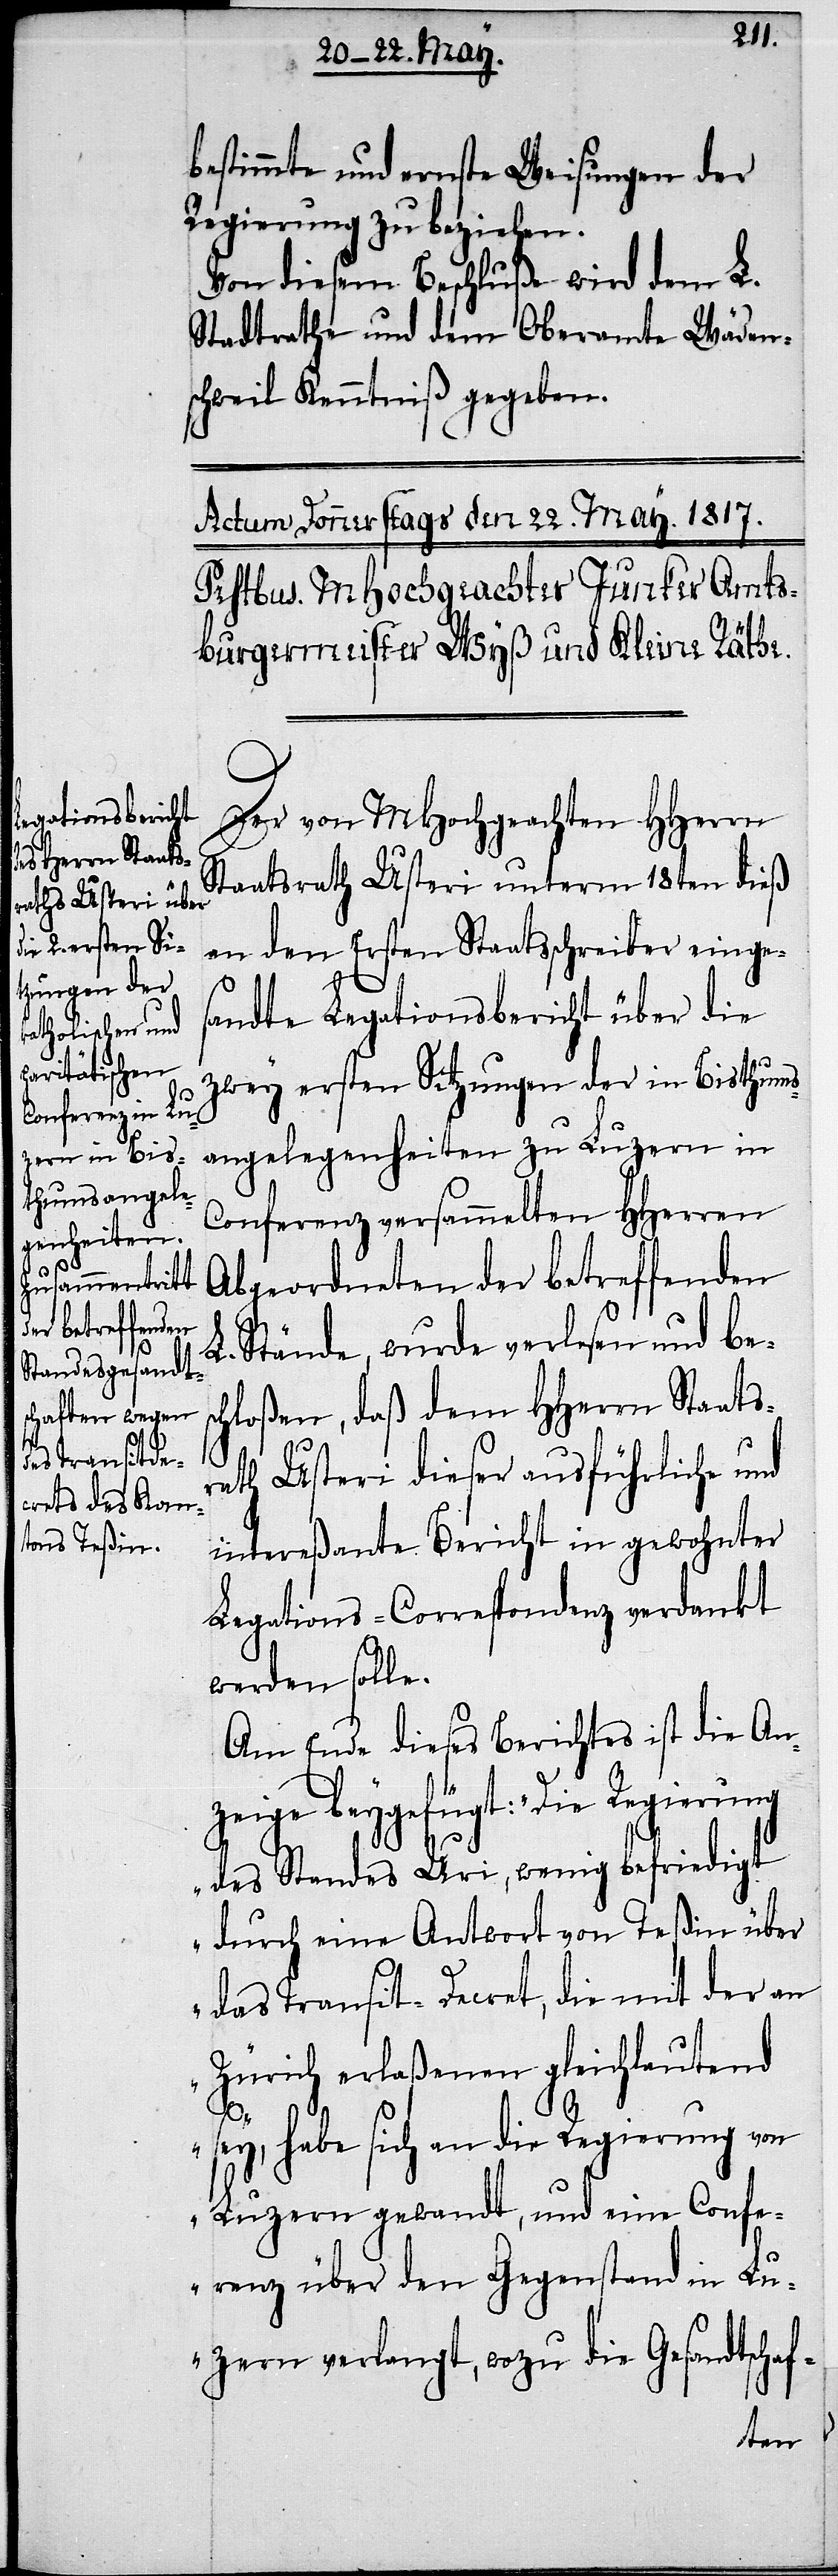
bestimmte und ernste Weisungen der
Regierung zu beziehen.
Von diesem Beschluße wird dem L.
Stadtrathe und dem Oberamte Wäden¬
schweil Kenntniß gegeben.
Der von MHochgeachten HHerrn
Staatsrath Usteri unterm 18ten dieß
an den Ersten Staatsschreiber einges¬
andte Legationsbericht über die
zwey ersten Sitzungen der in Bisthums¬
angelegenheiten zu Luzern in
Conferenz versammelten HHerren
Abgeordneten der betreffenden
L. Stände, wurde verlesen und bes¬
chloßen, daß dem HHerrn Staats¬
rath Usteri dieser ausführliche und
intereßante Bericht in gewohnter
Legations-Correspondenz verdankt
werden solle.
Am Ende dieses Berichtes ist die An¬
zeige beygefügt: „Die Regierung
des Standes Uri, wenig befriedigt
durch eine Antwort von Teßin über
das Transit-Decret, die mit der an
Zürich erlaßenen gleichlautend
sey, habe sich an die Regierung von
Luzern gewandt, und eine Confe¬
renz über den Gegenstand in Lu¬
zern verlangt, wozu die Gesandtschaf-